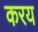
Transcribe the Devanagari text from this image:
करय